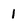
Character: l